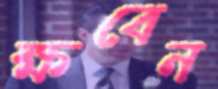
ক্ষবেন